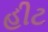
હીટ